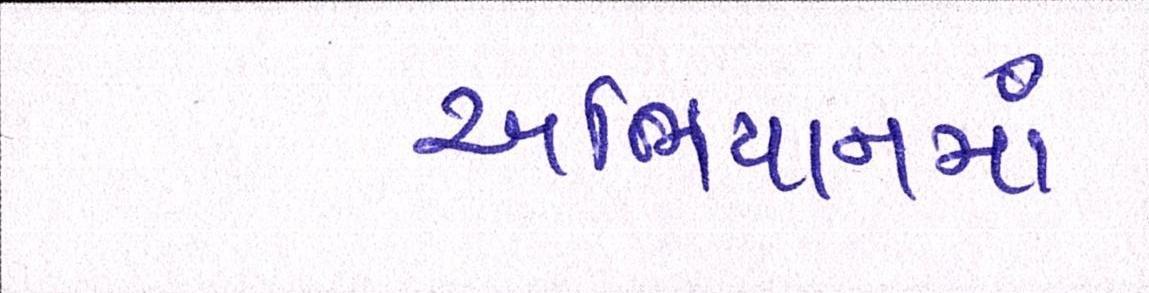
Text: અભિયાનમાં